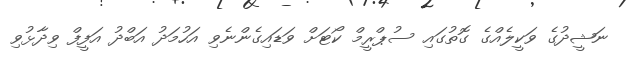
ނަޝީދުގެ ވަކީލެއްގެ ގޮތުގައި ސުޕްރީމް ކޯޓަށް ވަޑައިގެންނެވި އަހުމަދު އަބްދު އަފީފް ވިދާޅުވި